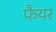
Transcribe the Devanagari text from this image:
फैयर